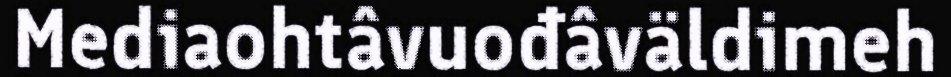
Mediaohtâvuođâväldimeh